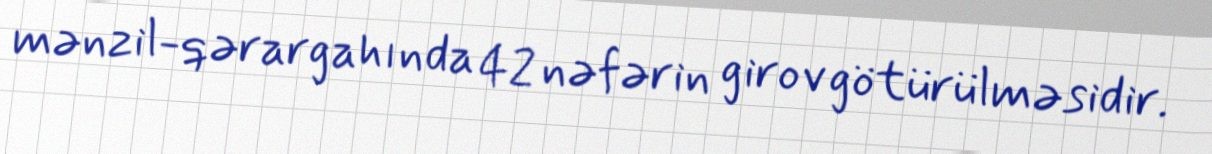
mənzil-qərargahında 42 nəfərin girov götürülməsidir.